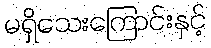
မရှိသေးကြောင်းနှင့်